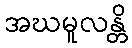
အဃမူလန္တိ